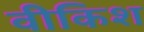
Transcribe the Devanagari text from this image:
वीकिश